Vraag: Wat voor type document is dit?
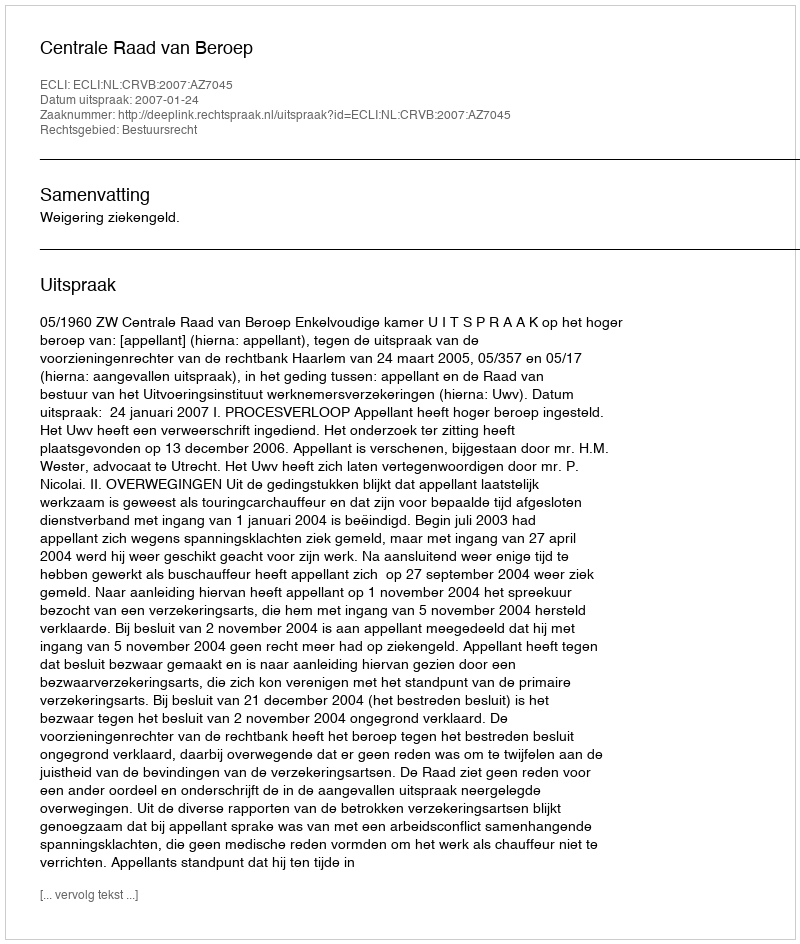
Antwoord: Uitspraak